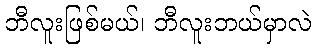
ဘီလူးဖြစ်မယ်၊ ဘီလူးဘယ်မှာလဲ